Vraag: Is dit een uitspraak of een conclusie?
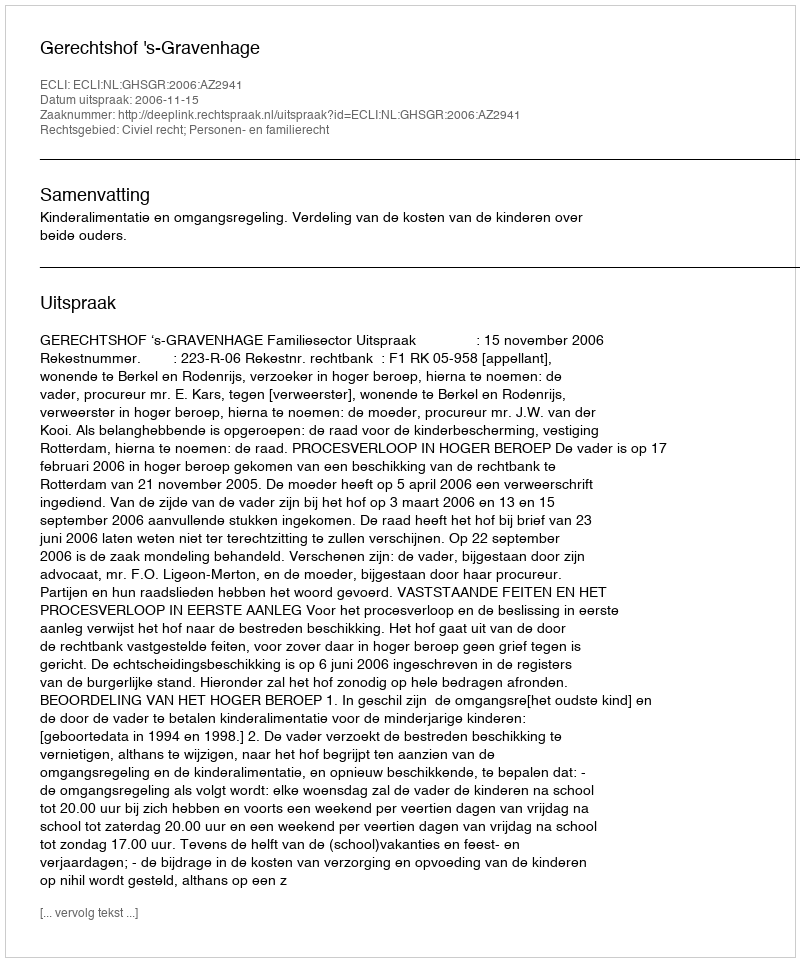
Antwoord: Uitspraak